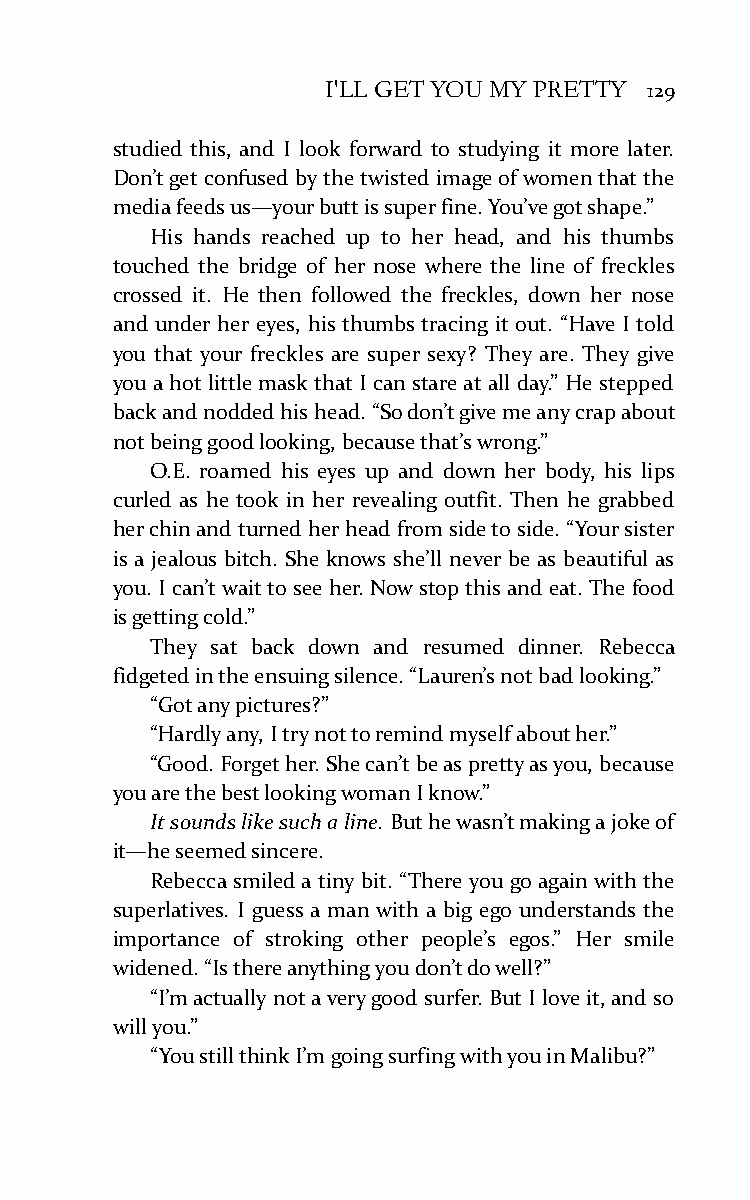
I'LL GET YOU MY PRETTY 129
 studied this, and I look forward to studying it more later.
 Don’t get confused by the twisted image of women that the
 media feeds us—your butt is super fine. You’ve got shape.”
 His hands reached up to her head, and his thumbs
 touched the bridge of her nose where the line of freckles
 crossed it. He then followed the freckles, down her nose
 and under her eyes, his thumbs tracing it out. “Have I told
 you that your freckles are super sexy? They are. They give
 you a hot little mask that I can stare at all day.” He stepped
 back and nodded his head. “So don’t give me any crap about
 not being good looking, because that’s wrong.”
 O.E. roamed his eyes up and down her body, his lips
 curled as he took in her revealing outfit. Then he grabbed
 her chin and turned her head from side to side. “Your sister
 is a jealous bitch. She knows she’ll never be as beautiful as
 you. I can’t wait to see her. Now stop this and eat. The food
 is getting cold.”
 They sat back down and resumed dinner. Rebecca
 fidgeted in the ensuing silence. “Lauren’s not bad looking.”
 “Got any pictures?”
 “Hardly any, I try not to remind myself about her.”
 “Good. Forget her. She can’t be as pretty as you, because
 you are the best looking woman I know.”
 It sounds like such a line. But he wasn’t making a joke of
 it—he seemed sincere.
 Rebecca smiled a tiny bit. “There you go again with the
 superlatives. I guess a man with a big ego understands the
 importance of stroking other people’s egos.” Her smile
 widened. “Is there anything you don’t do well?”
 “I’m actually not a very good surfer. But I love it, and so
 will you.”
 “You still think I’m going surfing with you in Malibu?”